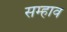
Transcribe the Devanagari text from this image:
सम्हाव